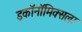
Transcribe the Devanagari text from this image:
इकॉनॉमिक्सला